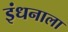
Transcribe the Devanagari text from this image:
इंधनाला